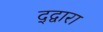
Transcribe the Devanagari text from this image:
द्द्वारा